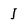
Character: I